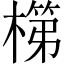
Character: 𬄏